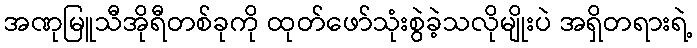
အဏုမြူသီအိုရီတစ်ခုကို ထုတ်ဖော်သုံးစွဲခဲ့သလိုမျိုးပဲ အရှိတရားရဲ့